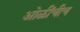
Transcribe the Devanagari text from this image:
ओळींचीच